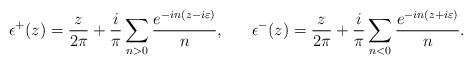
LaTeX: \begin{align*}\epsilon^+(z)=\frac{z}{2\pi}+\frac{i}{\pi}\sum_{n>0}\frac{e^{-in(z-i\varepsilon)}}{n},~~~~~\epsilon^-(z)=\frac{z}{2\pi}+\frac{i}{\pi}\sum_{n<0}\frac{e^{-in(z+i\varepsilon)}}{n}.\end{align*}